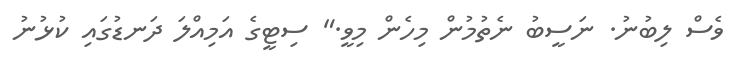
ވެސް ލިބުނު. ނަސީބު ނެތުމުން މިހެން މިވީ." ސިޓީގެ އަމިއްލަ ދަނޑުގައި ކުޅުނު